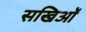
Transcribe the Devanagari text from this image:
सखिओं